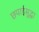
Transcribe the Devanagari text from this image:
छपाईसुद्धा